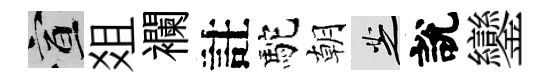
宣爼襴註駝朝芝說鑾